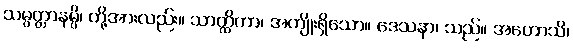
သမ္ပတ္တာနမ္ပိ၊ တို့အားလည်း။ သာတ္ထိကာ၊ အကျိုးရှိသော။ ဒေသနာ၊ သည်။ အဟောသိ၊